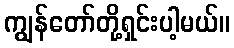
ကျွန်တော်တို့ရှင်းပါ့မယ်။